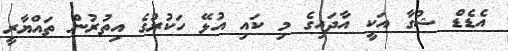
އެޑެޑް ޝުގާ އަކީ އާދައިގެ މި ކައި އުޅޭ ހަކުރުގެ އިތުރުން ތައްޔާރީ